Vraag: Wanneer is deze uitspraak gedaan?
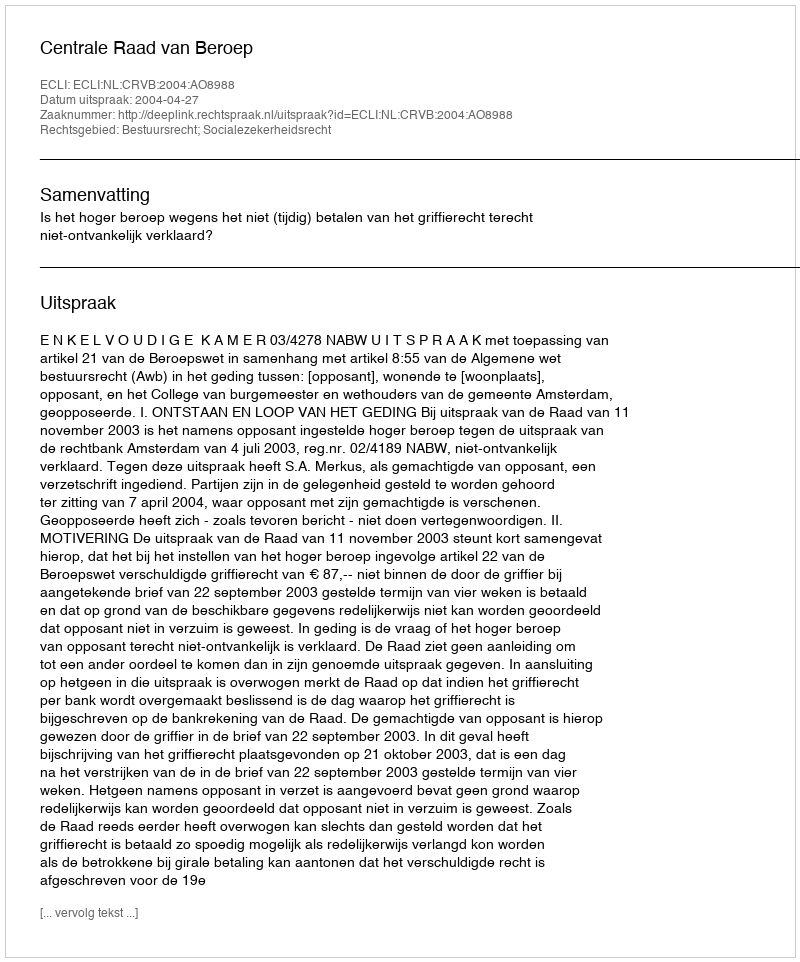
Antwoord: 2004-04-27